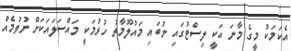
އެކަމަކު މީގެ މާނަ އަކީ ލިސްޓުގައި ނުބައި މައުލޫމާތު ހުރުމަކީ މައްސަލައަކަށް ނުވުމެއް